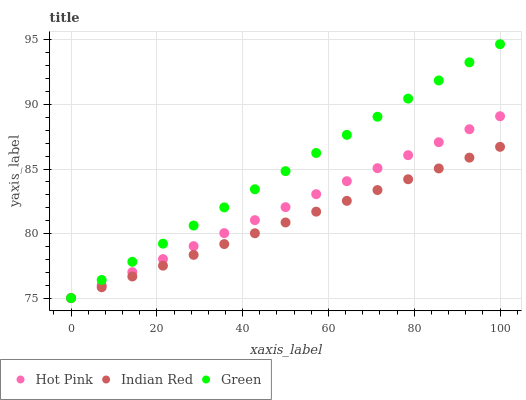
| xaxis_label | Hot Pink | Indian Red | Green |
 | --- | --- | --- | --- |
 | 0 | 75 | 75 | 75 |
 | 7.14 | 76 | 75.8 | 76.4 |
 | 14.3 | 77 | 76.7 | 77.8 |
 | 21.4 | 78 | 77.5 | 79.2 |
 | 28.6 | 79 | 78.3 | 80.6 |
 | 35.7 | 80 | 79.2 | 82 |
 | 42.9 | 81 | 80 | 83.4 |
 | 50 | 82 | 80.9 | 84.8 |
 | 57.1 | 83.1 | 81.7 | 86.2 |
 | 64.3 | 84.1 | 82.5 | 87.6 |
 | 71.4 | 85.1 | 83.4 | 89.1 |
 | 78.6 | 86.1 | 84.2 | 90.5 |
 | 85.7 | 87.1 | 85 | 91.9 |
 | 92.9 | 88.1 | 85.9 | 93.3 |
 | 100 | 89.1 | 86.7 | 94.7 |